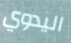
اليدوي